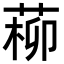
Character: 𦵂